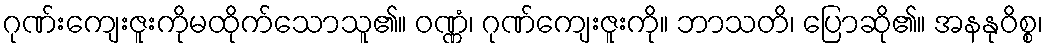
ဂုဏ်းကျေးဇူးကိုမထိုက်သောသူ၏။ ဝဏ္ဏံ၊ ဂုဏ်ကျေးဇူးကို။ ဘာသတိ၊ ပြောဆို၏။ အနနုဝိစ္စ၊